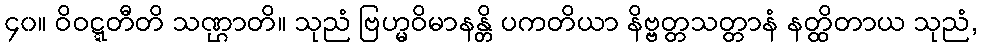
၄၀။ ဝိဝဋ္ဋတီတိ သဏ္ဌာတိ။ သုညံ ဗြဟ္မဝိမာနန္တိ ပကတိယာ နိဗ္ဗတ္တသတ္တာနံ နတ္ထိတာယ သုညံ,